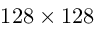
1 2 8 \times 1 2 8